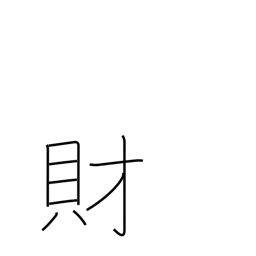
Meaning: wealth